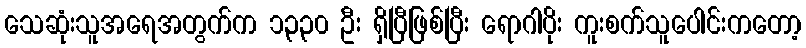
သေဆုံးသူအရေအတွက်က ၁,၃၃၀ ဦး ရှိပြီဖြစ်ပြီး ရောဂါပိုး ကူးစက်သူပေါင်းကတော့